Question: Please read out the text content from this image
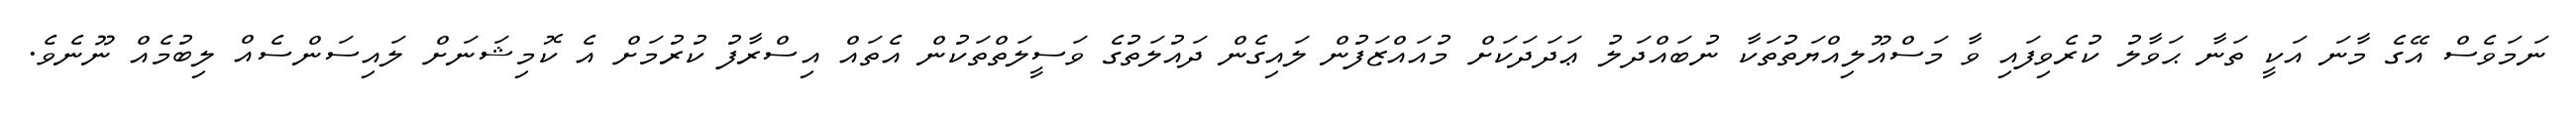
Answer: ނަމަވެސް އޭގެ މާނަ އަކީ ތަނާ ޙަވާލު ކުރެވިފައި ވާ މަސްއޫލިއްޔަތުތަކާ ނުބައްދަލު ޢަދަދަކަށް މުއައްޒަފުން ލައިގެން ދައުލަތުގެ ވަސީލަތްތަކުން އެތައް އިސްރާފު ކުރުމަށް އެ ކޮމިޝަނަށް ލައިސަންސެއް ލިބުމެއް ނޫނެވެ.